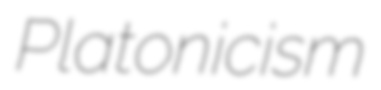
Platonicism